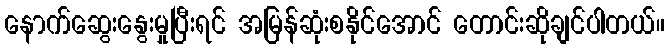
နောက်ဆွေးနွေးမှုပြီးရင် အမြန်ဆုံးစနိုင်အောင် တောင်းဆိုချင်ပါတယ်။